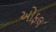
ઓફલ